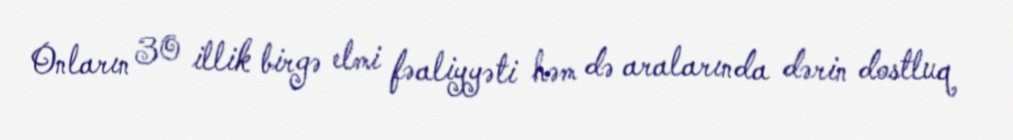
Onların 30 illik birgə elmi fəaliyyəti həm də aralarında dərin dostluq